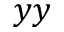
y y